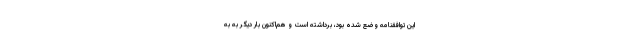
این توافقنامه وضع شده بود، برداشته است و هم‌اکنون بار دیگر به به